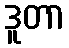
ဒူတာ